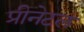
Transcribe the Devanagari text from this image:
प्रीनेटल